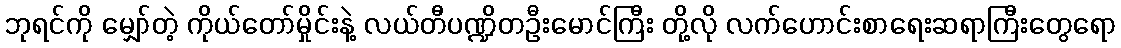
ဘုရင်ကို မျှော်တဲ့ ကိုယ်တော်မှိုင်းနဲ့ လယ်တီပဏ္ဍိတဦးမောင်ကြီး တို့လို လက်ဟောင်းစာရေးဆရာကြီးတွေရော